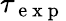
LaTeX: \tau_{\mathrm{~e~x~p~}}